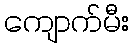
ကျောက်မီး